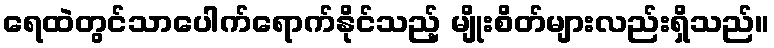
ရေထဲတွင်သာပေါက်ရောက်နိုင်သည့် မျိုးစိတ်များလည်းရှိသည်။